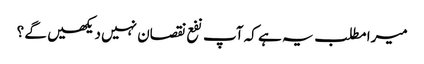
میرا مطلب یہ ہے کہ آپ نفع نقصان نہیں دیکھیں گے ؟